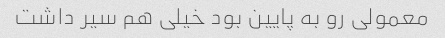
معمولی رو به پایین بود خیلی هم سیر داشت